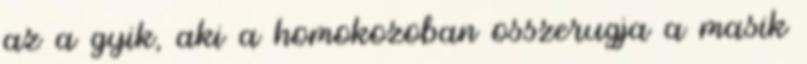
az a gyik, aki a homokozoban osszerugja a masik